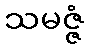
သမဇ္ဇံ